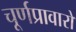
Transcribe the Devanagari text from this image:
चूर्णप्रावारो